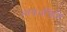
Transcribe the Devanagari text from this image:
भावभक्तिने